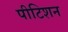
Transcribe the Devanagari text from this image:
पीटिशन